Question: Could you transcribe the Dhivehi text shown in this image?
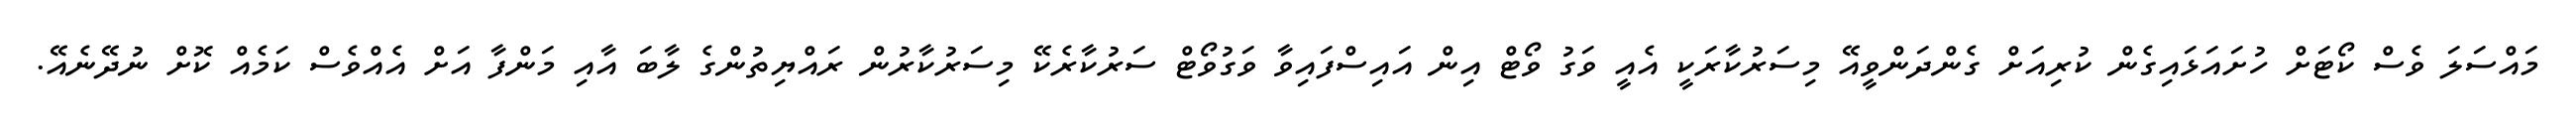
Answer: މައްސަލަ ވެސް ކޯޓަށް ހުށައަޅައިގެން ކުރިއަށް ގެންދަންވީއޭ މިސަރުކާރަކީ އެއީ ވަގު ވޯޓް އިން އައިސްފައިވާ ވަގުވޯޓް ސަރުކާރެކޭ މިސަރުކާރުން ރައްޔިތުންގެ ލާބަ އާއި މަންފާ އަށް އެއްވެސް ކަމެއް ކޮށް ނުދޭނެއޭ.